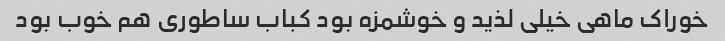
خوراک ماهی خیلی لذید و خوشمزه بود کباب ساطوری هم خوب بود